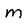
Character: m